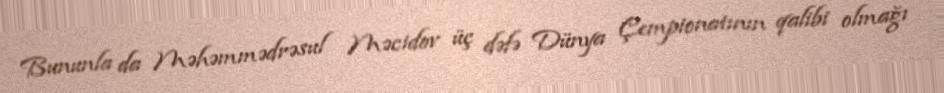
Bununla da Məhəmmədrəsul Məcidov üç dəfə Dünya Çempionatının qalibi olmağı